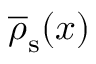
\overline { { \rho } } _ { \mathrm { s } } ( x )